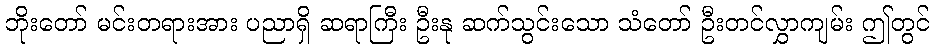
ဘိုးတော် မင်းတရားအား ပညာရှိ ဆရာကြီး ဦးနု ဆက်သွင်းသော သံတော် ဦးတင်လွှာကျမ်း ဤတွင်